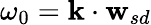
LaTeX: \omega_{0}=\mathbf{k}\cdot\mathbf{w}_{sd}